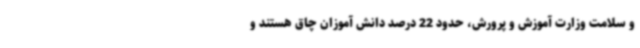
و سلامت وزارت آموزش و پرورش، حدود 22 درصد دانش آموزان چاق هستند و